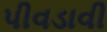
પીવડાવી